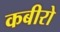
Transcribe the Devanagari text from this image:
कबीरो